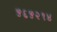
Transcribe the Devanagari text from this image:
५६५२१४